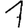
Digit: 1